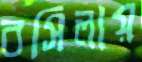
বসিলায়